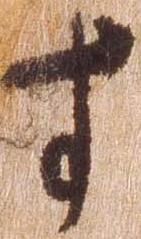
す